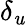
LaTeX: \delta_{\mathit{u}}